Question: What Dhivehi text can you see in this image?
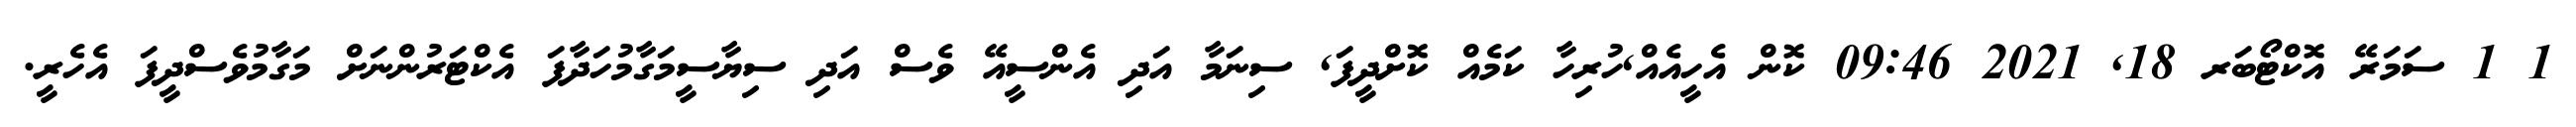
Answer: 1 1 ސަމަރޭ އޮކްޓޯބަރ 18, 2021 09:46 ކޮން އެހީއެއް,ހުރިހާ ކަމެއް ކޮށްދީފަ, ސިނަމާ އަދި އެންސީއޭ ވެސް އަދި ސިޔާސީމަގާމުހަދާފަ އެކްޓަރުންނަށް މަގާމުވެސްދީފަ އެހެރީ.